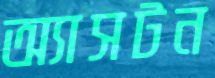
অ্যাসটন